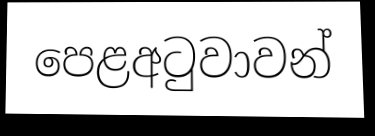
පෙළඅටුවාවන්